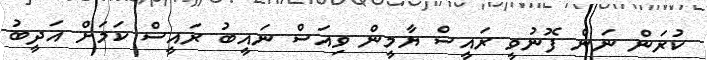
ކުރަން ނަން ފޮނުވީ ރައީސް ޔާމީން ވިއަސް ނައީބު ރައީސް ކަމަށް އަދީބު